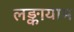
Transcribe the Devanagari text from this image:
लङ्कायाम